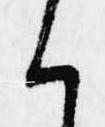
く